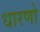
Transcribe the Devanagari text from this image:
धारणो